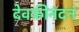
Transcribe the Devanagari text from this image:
देवकीनंदनं